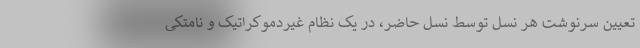
تعیین سرنوشت هر نسل توسط نسل حاضر، در یک نظام غیردموکراتیک و نامتکی